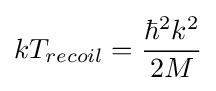
kT_{recoil}={\frac {\hbar {}^{2}k^{2}}{2M}}